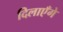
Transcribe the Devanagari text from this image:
दिलाएँगे